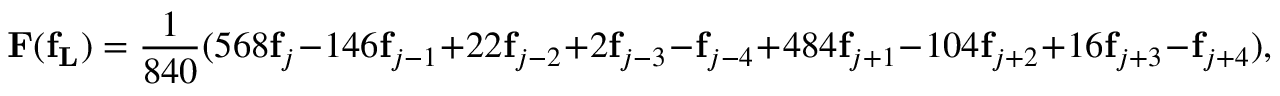
\mathbf { F ( f _ { L } ) } = \frac { 1 } { 8 4 0 } ( 5 6 8 \mathbf { f } _ { j } - 1 4 6 \mathbf { f } _ { j - 1 } + 2 2 \mathbf { f } _ { j - 2 } + 2 \mathbf { f } _ { j - 3 } - \mathbf { f } _ { j - 4 } + 4 8 4 \mathbf { f } _ { j + 1 } - 1 0 4 \mathbf { f } _ { j + 2 } + 1 6 \mathbf { f } _ { j + 3 } - \mathbf { f } _ { j + 4 } ) ,